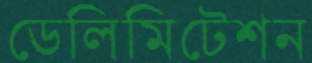
ডেলিমিটেশন